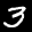
Label: 3